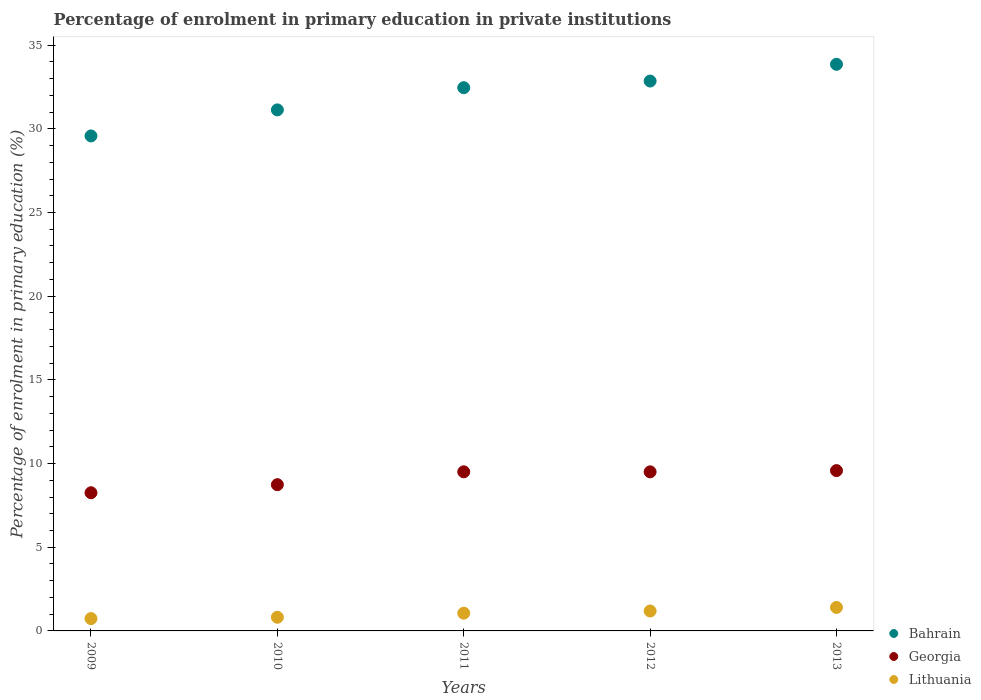
| Years | Bahrain | Georgia | Lithuania |
 | --- | --- | --- | --- |
 | 2009 | 29.6 | 8.25 | 0.737 |
 | 2010 | 31.1 | 8.74 | 0.817 |
 | 2011 | 32.5 | 9.51 | 1.06 |
 | 2012 | 32.9 | 9.5 | 1.19 |
 | 2013 | 33.9 | 9.58 | 1.4 |